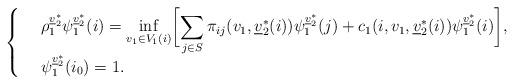
LaTeX: \begin{align*}\left\{ \begin{array}{lll}&\rho_{1}^{\underline{v}_2^*}\psi_{1}^{\underline{v}_2^*}(i)=\displaystyle { \inf_{v_1\in V_1(i)}\biggl[\sum_{j\in S}\pi_{ij}(v_1,\underline{v}_2^*(i))\psi_{1}^{\underline{v}_2^*}(j)+c_1(i,{v}_1,\underline{v}_2^*(i))\psi_{1}^{\underline{v}_2^*}(i)\biggr]},\\&\psi_{1}^{\underline{v}_2^*}(i_0)=1.\end{array}\right.\end{align*}